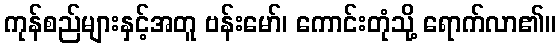
ကုန်စည်များနှင့်အတူ ဗန်းမော်၊ ကောင်းတုံသို့ ရောက်လာ၏။